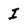
Character: I